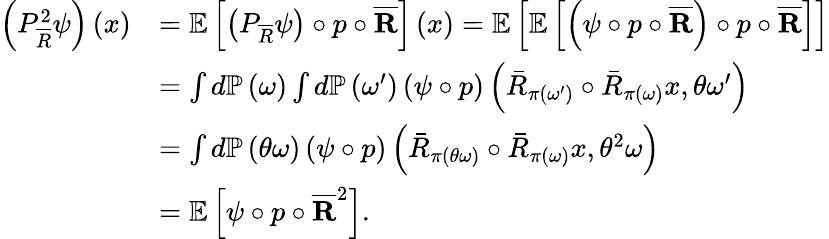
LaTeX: \begin{array}{rl}{\left(P_{\overline{{R}}}^{2}\psi\right)\left(x\right)}&{=\mathbb{E}\left[\left(P_{\overline{{R}}}\psi\right)\circ p\circ\overline{{\mathbf{R}}}\right]\left(x\right)=\mathbb{E}\left[\mathbb{E}\left[\left(\psi\circ p\circ\overline{{\mathbf{R}}}\right)\circ p\circ\overline{{\mathbf{R}}}\right]\right]}\\ &{=\int d\mathbb{P}\left(\omega\right)\int d\mathbb{P}\left(\omega^{\prime}\right)\left(\psi\circ p\right)\left(\bar{R}_{\pi\left(\omega^{\prime}\right)}\circ\bar{R}_{\pi\left(\omega\right)}x,\theta\omega^{\prime}\right)}\\ &{=\int d\mathbb{P}\left(\theta\omega\right)\left(\psi\circ p\right)\left(\bar{R}_{\pi\left(\theta\omega\right)}\circ\bar{R}_{\pi\left(\omega\right)}x,\theta^{2}\omega\right)}\\ &{=\mathbb{E}\left[\psi\circ p\circ\overline{{\mathbf{R}}}^{2}\right].}\end{array}